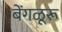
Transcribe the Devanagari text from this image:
बेंगळूरू